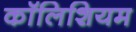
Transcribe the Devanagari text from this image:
कॉलिशियम